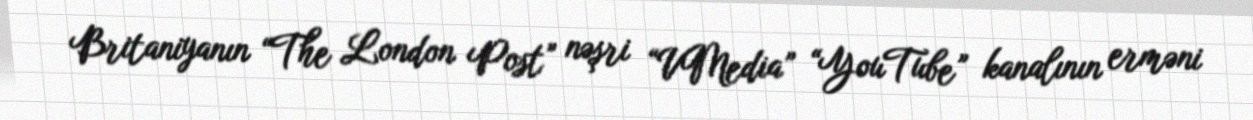
Britaniyanın “The London Post” nəşri “VMedia” “YouTube” kanalının erməni